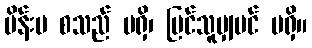
မိန်းမ စသည် မရှိ၊ မြင်သူမျှပင် မရှိ။